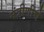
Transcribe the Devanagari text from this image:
मंत्रीणीचे